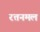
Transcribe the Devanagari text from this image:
रत्तनमल